Indian Civil Veterinary Department memoirs
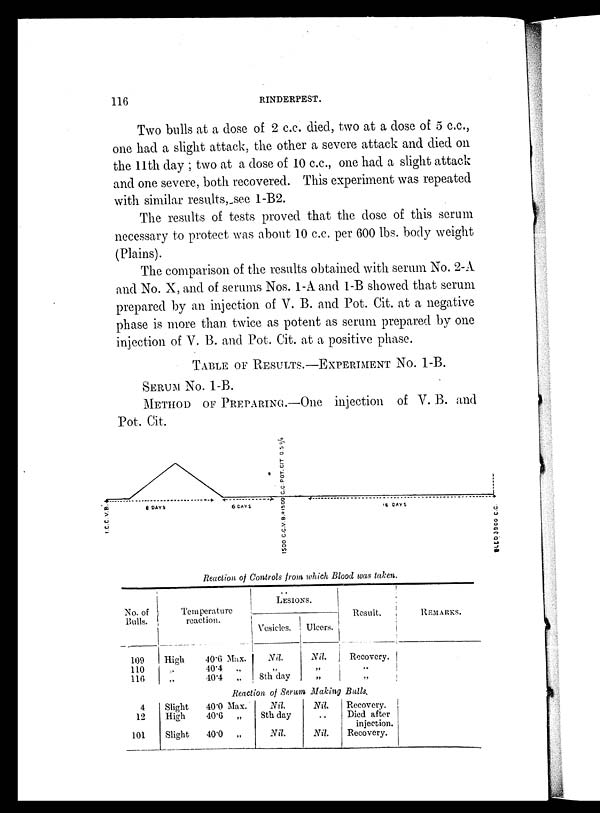
116
RINDERPEST.
Two bulls at a dose of 2 c.c. died, two at a dose of 5 c.c.,
one had a slight attack, the other a severe attack and died on
the 11th day ; two at a dose of 10 c.c., one had a slight attack
and one severe, both recovered. This experiment was repeated
with similar results, see 1-B2.
The results of tests proved that the dose of this serum
necessary to protect was about 10 c.c. per 600 lbs. body weight
(Plains).
The comparison of the results obtained with serum No. 2-A
and No. X, and of serums Nos. 1-A and 1-B showed that serum
prepared by an injection of V. B. and Pot. Cit. at a negative
phase is more than twice as potent as serum prepared by one
injection of V. B. and Pot. Cit. at a positive phase.
TABLE OF RESULTS.-EXPERIMENT NO. 1-B.
SERUM No. 1-B.
METHOD OF PREPARING.—One injection of V. B. and
Pot. Cit.
Reaction of Controls from which Blood was taken.
No. of
Bulls.
109
110
116
Temperature
reaction.
High
„
40.6 Max.
40.4
„
40.4
„
LESIONS.
Vesicles.
Nil.
„
8th day
Ulcers.
Nil.
„
„
Result.
Recovery.
„
„
REMARKS.
Reaction of Serum Making Bulls.
4
12
101
Slight
High
Slight.
40.0 Max.
40.6
„
40.0
„
Nil.
8th day
Nil.
Nil.
..
Nil.
Recovery.
Died after
injection.
Recovery.